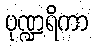
ပုဏ္ဍရိကာ